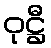
ဝုဋ္ဌီ